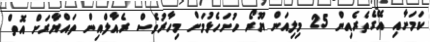
ކަމަށާއި އޭގެތެރެއިން 25 މިލިއަން ޔޫރޯ ހުށަހެޅުމަށް މިހާރުވެސް ރެއާލްއިން ތައްޔާރަށް އޮތް